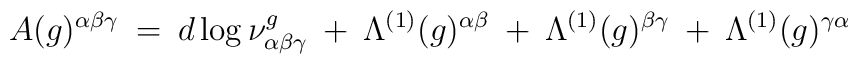
A(g)^{\alpha \beta \gamma} \: = \: d \log \nu^g_{\alpha \beta \gamma}\: + \: \Lambda^{(1)}(g)^{\alpha \beta} \: + \:\Lambda^{(1)}(g)^{\beta \gamma} \: + \:\Lambda^{(1)}(g)^{\gamma \alpha}